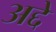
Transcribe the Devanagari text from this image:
अद्दे